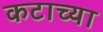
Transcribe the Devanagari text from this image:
कटाच्या